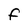
Character: f